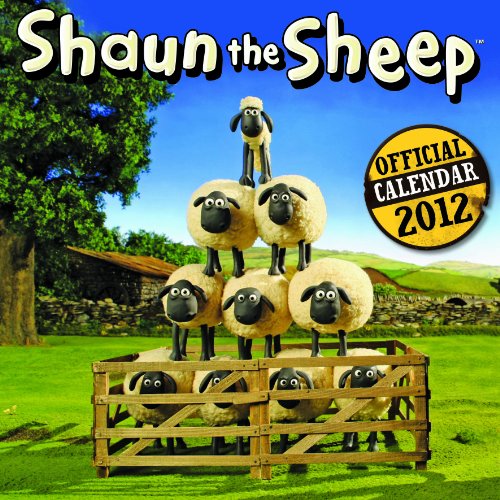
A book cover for Official Shaun the Sheep Calendar 2012; Calendars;